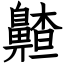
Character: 齄